Lunatic asylums Bombay report 1891-1903 - 1891-1903
Year: 1891
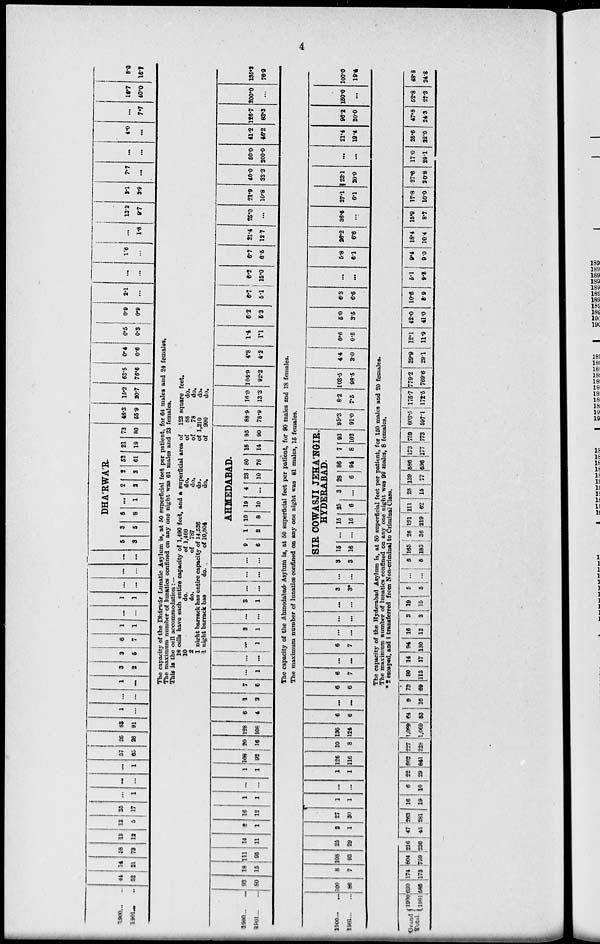
4
1900 ... ...
1901 ... ...
44
52
14
21
58
73
13
12
12
5
25
17
...
1
...
...
...
1
57
65
26
26
83
91
1
...
...
...
1
...
3
2
3
5
6
7
1
1
...
...
1
1
...
...
...
...
...
...
DHÁRWÁR.
5
3
3
5
8
8
...
1
2
2
2
3
52
61
21
19
73
80
48.3
55.9
15.2
20.7
63.5
76.6
0.4
0.6
0.5
0.3
0.9
0.9
2.1
...
...
...
1.6
...
...
1.8
13.2
9.7
3.1
3.9
7.7
...
...
...
4.0
...
...
7.7
16.7
40.0
8.0
16.7
The capacity of the Dhárwár Lunatic Asylum is, at 50 superficial feet per patient, for 64 males and 24 females.
The maximum number of lunatics confined on any one night was 61 males and 23 females.
This is the cell accommodation :—
18 cells have each entire capacity of 1,490 feet, and a superficial area of 123 square feet,
10
do.
of 1,460
do.
of
88
do.
2
do.
of 787
do.
of
78
do.
1 night barrack has entire capacity of 14,526
do.
of 1,210
do.
1 night barrack has
do.
of 10,804
do.
of 900
do.
1900 ... ...
1901 ... ...
93
80
18
15
111
95
14
11
2
1
16
12
1
1
...
...
1
1
108
92
20
16
128
108
6
4
1
2
7
6
...
1
...
...
...
1
3
1
...
...
3
1
...
...
...
...
...
...
AHMEDABAD.
9
6
1
2
10
8
19
10
4
...
23
10
80
76
15
14
95
90
88.9
78.9
16.0
13.3
104.9
92.2
4.8
4.2
1.4
1.1
6.2
5.3
6.7
5.1
6.2
15.0
6.7
6.5
21.4
12.7
25.0
...
21.9
10.8
40.0
33.3
50.0
200.0
41.2
46.2
126.7
83.3
200.0
...
135.3
76.9
The capacity of the Ahmedabad Asylum is, at 50 superficial feet per patient, for 90 males and 13 females.
The maximum number of lunatics confined on any one night was 81 males, 15 females.
1900 ... ...
1901 ... ...
100
86
8
7
108
93
25
29
2
1
27
30
1
1
...
...
1
1
126
116
10
8
136
124
6
6
...
...
6
6
6
7
...
...
6
7
...
...
...
...
...
...
3
3*
...
...
3
3
SIR COWASJI JEHA'NGIR,
HYDERABAD.
15
16
...
...
15
16
25
6
3
...
28
6
86
94
7
8
93
102
95.3
91.0
8.2
7.5
103.5
98.5
4.4
3.0
0.6
0.5
5.0
3.5
6.3
6.6
...
...
5.8
6.1
26.2
6.6
36.6
...
27.1
6.1
23.1
20.0
...
...
21.4
19.4
96.2
20.0
150.0
...
100.0
19.4
The capacity of the Hyderabad Asylum is, at 50 superficial feet per patient, for 150 males and 20 females.
The maximum number of lunatics confined on any one night was 99 males, 8 females.
* 2 escaped, and 1 transferred from Non-criminal to Criminal Class.
Grand
Total
1900
1901
630
586
174
173
804
759
216
236
47
45
263
281
16
19
6
10
22
29
862
841
227
228
1,089
1,069
64
53
9
16
73
69
80
113
14
17
94
130
16
12
3
3
19
15
5
5
...
...
5
5
165
183
26
36
191
219
111
62
28
15
139
77
586
596
173
177
759
773
603.5
597.1
175.7
172.5
779.2
769.6
29.9
29.1
12.1
11.9
42.0
41.0
10.6
8.9
5.1
9.3
9.4
9.0
18.4
10.4
15.9
8.7
17.8
10.0
27.6
20.8
17.0
29.1
25.6
22.0
47.8
24.3
52.8
27.3
48.8
34.8